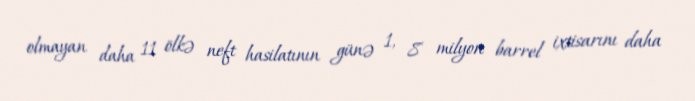
olmayan daha 11 ölkə neft hasilatının günə 1, 8 milyon barrel ixtisarını daha